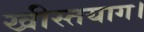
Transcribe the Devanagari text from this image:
खीस्तयाग।